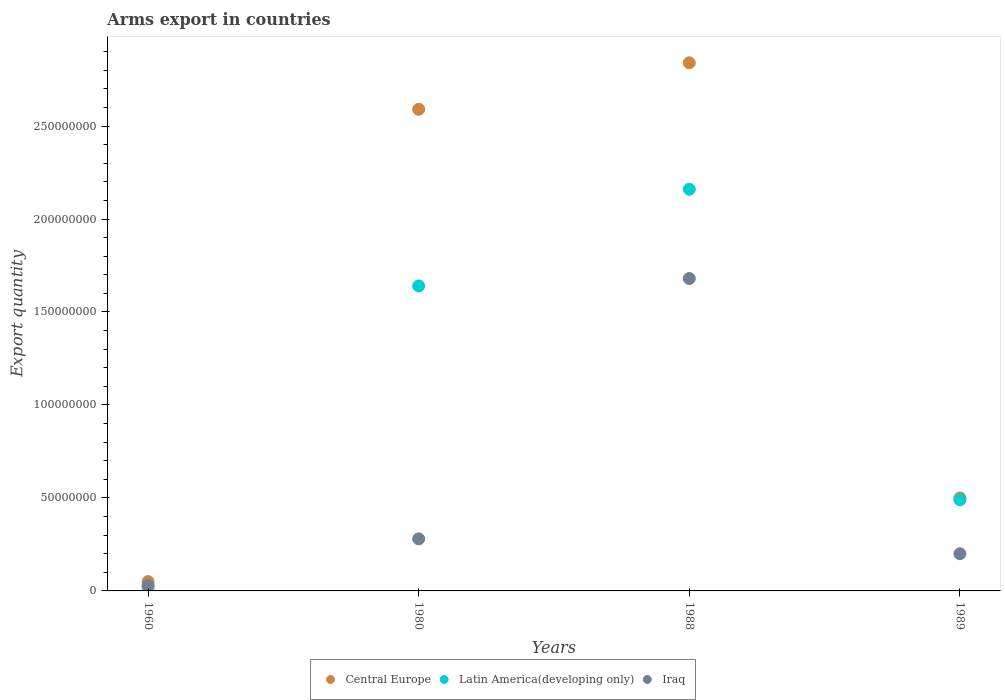
| Years | Central Europe | Latin America(developing only) | Iraq |
 | --- | --- | --- | --- |
 | 1960 | 5e+06 | 2e+06 | 3e+06 |
 | 1980 | 2.59e+08 | 1.64e+08 | 2.8e+07 |
 | 1988 | 2.84e+08 | 2.16e+08 | 1.68e+08 |
 | 1989 | 5e+07 | 4.9e+07 | 2e+07 |